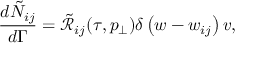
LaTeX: \frac { d \tilde { N } _ { i j } } { d \Gamma } = \tilde { \mathcal { R } } _ { i j } ( \tau , p _ { \perp } ) \delta \left( w - w _ { i j } \right) v ,